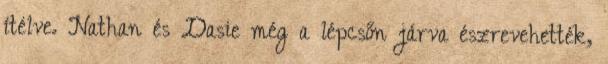
ítélve. Nathan és Dasie még a lépcsőn járva észrevehették,